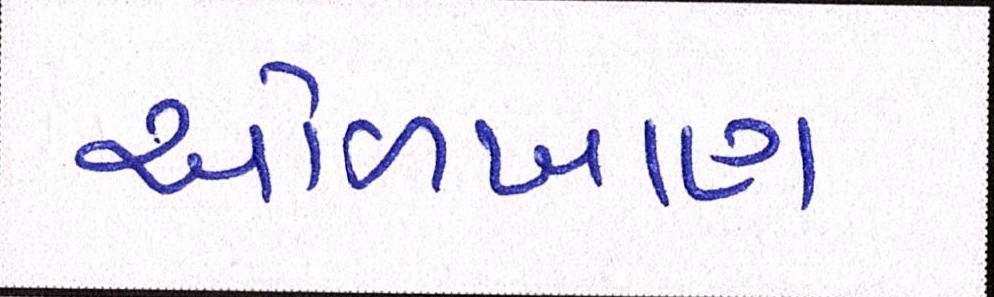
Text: ઓળખાણ